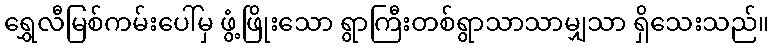
ရွှေလီမြစ်ကမ်းပေါ်မှ ဖွံ့ဖြိုးသော ရွာကြီးတစ်ရွာသာသာမျှသာ ရှိသေးသည်။